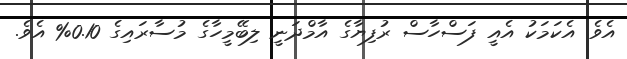
އެވެ. އެކަމަކު އެއީ ފަސްހާސް ރުފިޔާގެ އާމްދަނީ ލިބޭމީހާގެ މުސާރައިގެ 0.10% އެވެ.